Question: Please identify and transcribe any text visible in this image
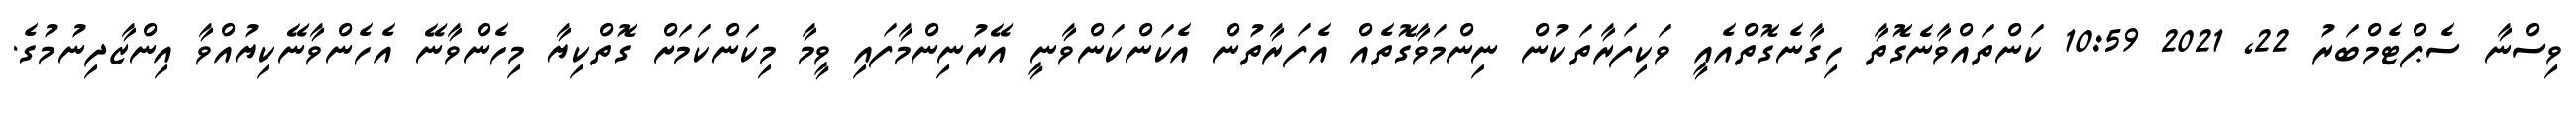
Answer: ވިސްނާ ސެޕްޓެމްބަރު 22, 2021 10:59 ކަންތައްވާނެގޮތާ ހިގާނެގޮތްއެއީ ވަކިފަރާތަކުން ނިންމަވާގޮތެއް އެފަރާތުން އެކަންކަންވާނީ އޭރުނިންމާފައި ވީމާ މިކަންކަމަށް ގޮތްކިޔާ މިހެންވާނޭ އެހެންވާނޭކިޔުއްވާ އިންޒާދިނުމުގެ.